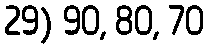
29) 90, 80, 70